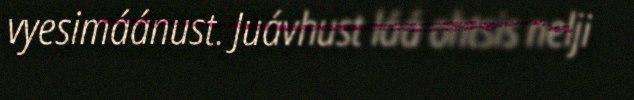
vyesimáánust. Juávhust láá ohtsis nelji